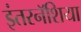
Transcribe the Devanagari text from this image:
इंतरनॅशिया